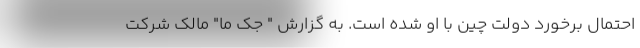
احتمال برخورد دولت چین با او شده است. به گزارش " جک ما" مالک شرکت